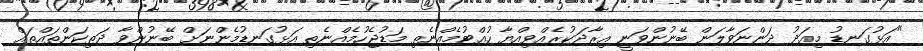
"އަޅުގަނޑު މިއަދު ދަންނަވާލަން ބޭނުންވަނީ އިރާދަކުރެއްވިއްޔާ ހުއްޓުމެއްނެތި މަޑުޖެހުމެއްނެތި އަޅުގަނޑުމެންނަށް ބޭނުންވާ ދަތިކަންތައްތައް